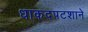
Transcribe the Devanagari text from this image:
धाकदपटशाने